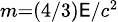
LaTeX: \scriptstyle{m=(4/3)\mathsf{E}/c^{2}}